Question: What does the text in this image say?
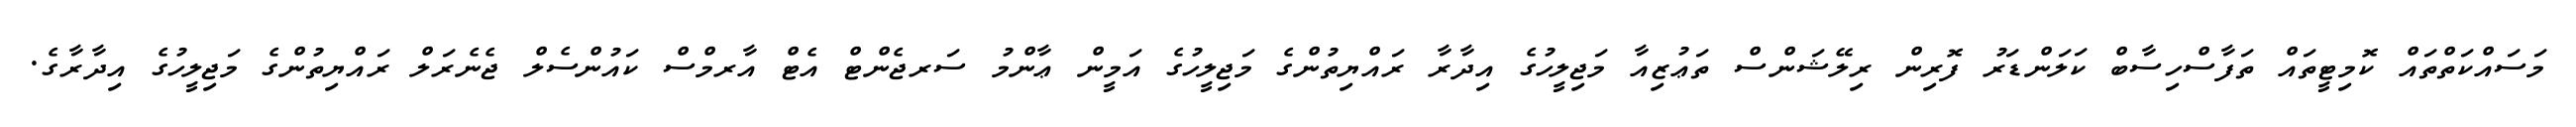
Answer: މަސައްކަތްތައް ކޮމިޓީތައް ތަފާސްހިސާބް ކަލަންޑަރު ފޮރިން ރިލޭޝަންސް ތަޢުޒިއާ މަޖިލީހުގެ އިދާރާ ރައްޔިތުންގެ މަޖިލީހުގެ އަމީން ޢާންމު ސަރޖެންޓް އެޓް އާރމްސް ކައުންސެލް ޖެނެރަލް ރައްޔިތުންގެ މަޖިލީހުގެ އިދާރާގެ.